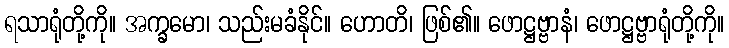
ရသာရုံတို့ကို။ အက္ခမော၊ သည်းမခံနိုင်။ ဟောတိ၊ ဖြစ်၏။ ဖောဋ္ဌဗ္ဗာနံ၊ ဖောဋ္ဌဗ္ဗာရုံတို့ကို။